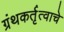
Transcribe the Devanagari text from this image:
ग्रंथकर्तृत्वाचे